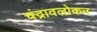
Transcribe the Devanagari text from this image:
चंद्रावलोकन